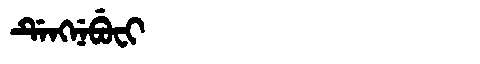
Manchu: ᡩᡝᠩᠨᡝᠪᡠᠸᡳ
Romanization: DENGNEBUFI